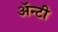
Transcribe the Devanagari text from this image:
ॲन्टी